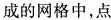
成的网格中，点